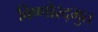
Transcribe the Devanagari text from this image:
विष्णोरद्भुत